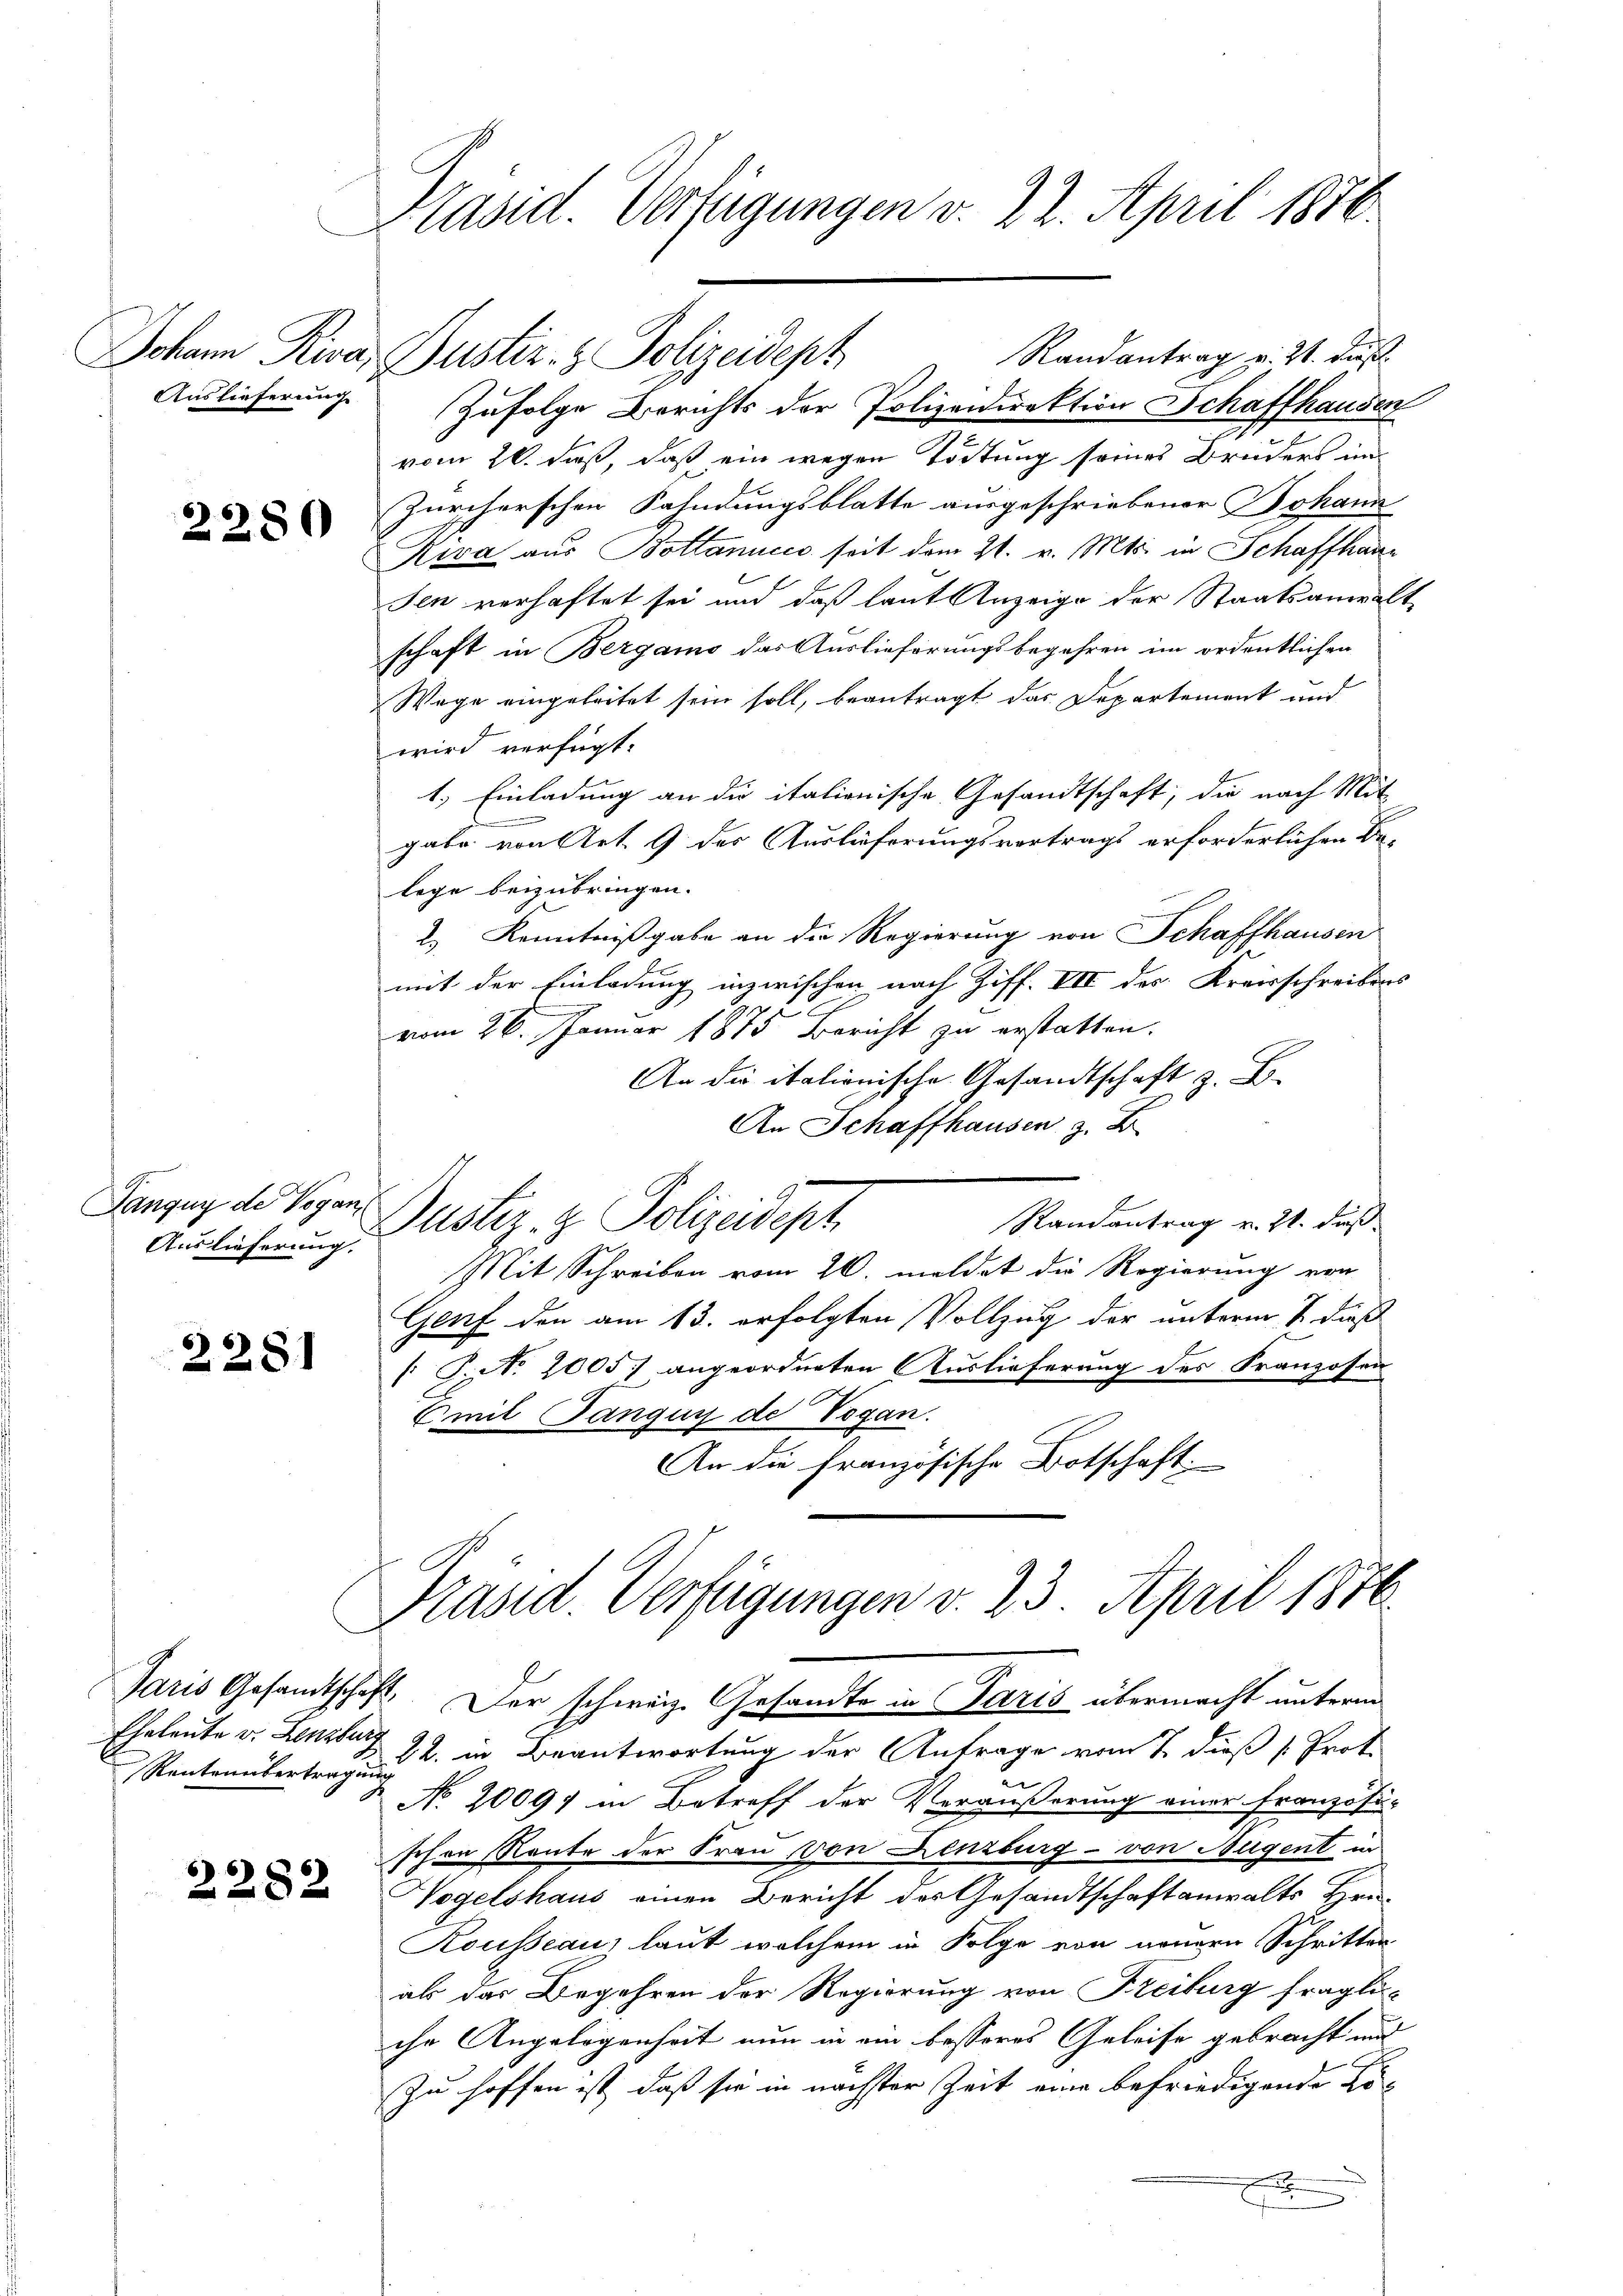
Auslieferung

2280

Panguy de Vogan
Auslieferung.

2281

Eheleute v. Lenzbur

2282

Präsid. Verfügungen v. 22. April 1876

Randantrag v. 21. daß
Johann Riva, Gustiz- & Polizeidept
Zufolge Berichts der Polizeidirektion Schaffhausen
vom 20. dieß, daß ein wegen Tödtung seines Bruders in
Zürcherschen Fahndungsblatte ausgeschriebener Johann
Riva aus Bottannes seit dem 21. v. Mts. in Schaffhau
sen verhaftet sei und daß laut Anzeige der Staatsanwalt
schaft in Bergamo das Auslieferungsbegehren im ordentlichen
Wege eingeleitet sein soll, beantragt das Departement und
wird verfügt:
1.) Einladung an die italienische Gesandtschaft, die nach Mit-
gabe von Art. 9 des Auslieferungsvortrags erforderlichen Be-
lege beizubringen.
2.) Kenntnißgabe an die Regierung von Schaffhausen
mit der Einladung inzwischen nach Ziff. VII des Kreisschreibens
2
vom 26. Januar 1875 Bericht zu erstatten.
An die italionische Gesandtschaft z. B.
An Schaffhausen z. B.
Randantrag v. 21. dieß
Justiz- & Polizeidept
Mit Schreiben vom 20. meldet die Regierung von
Genf den am 13. erfolgten Vollzug der unterm 1. dieß
[J. No. 2005) angeordneten Auslieferung des Franzosen
Amit Tangus de Vogan.
An die französische Botschaft:

Präsid. Verfügungen v. 23. April 1876.
Paris Gesandtschaft. Der schweiz. Gesandte in Paris übermacht unterm

Rentenübertragen u. in Beantwortung der Antrage vom 2. dieß Prot.
No 20097 in Betreff der Veräußerung einer Französi-
schon Route der Frau von Lenzburg - von Hugent in
Wogelshaus einen Bericht des Gesandtschaftanwalts Hrn.
Kousseau, laut welchem in Folge von neuern Schritten
als das Begehren der Regierung von Freiburg fragliche Angelegenheit nun in ein besseres Geleise gebracht und
Zu hoffen ist, daß sie in nächster Zeit eine befriedigende Ko¬
E